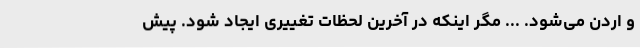
و اردن می‌شود. ... مگر اینکه در آخرین لحظات تغییری ایجاد شود. پیش